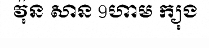
វ៉ុន សាន 9ហាម ក្យុង